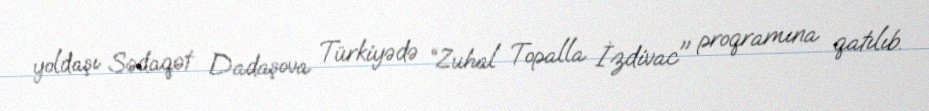
yoldaşı Sədaqət Dadaşova Türkiyədə “Zuhal Topalla İzdivac" proqramına qatılıb.